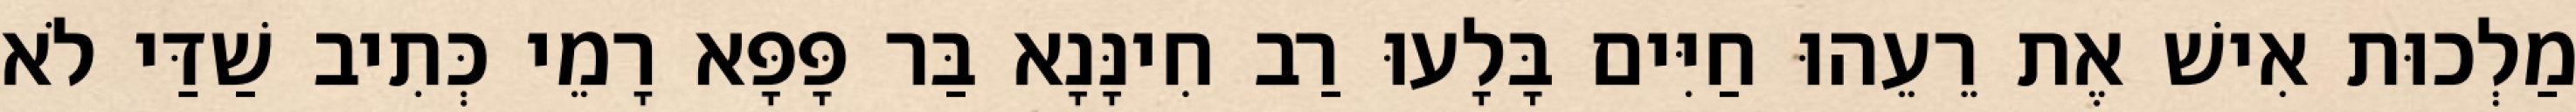
מַלְכוּת אִישׁ אֶת רֵעֵהוּ חַיִּים בָּלָעוּ רַב חִינָּנָא בַּר פָּפָּא רָמֵי כְּתִיב שַׁדַּי לֹא